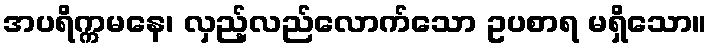
အပရိက္ကမနေ၊ လှည့်လည်လောက်သော ဥပစာရ မရှိသော။